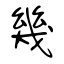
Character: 幾